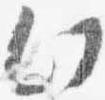
此